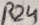
Text: R24